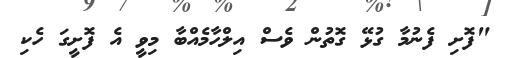
"ފޮށި ފެނުމާ ގުޅޭ ގޮތުން ވެސް އިލްހާމެއްބާ މިވީ އެ ފޮށީގަ ހެކި